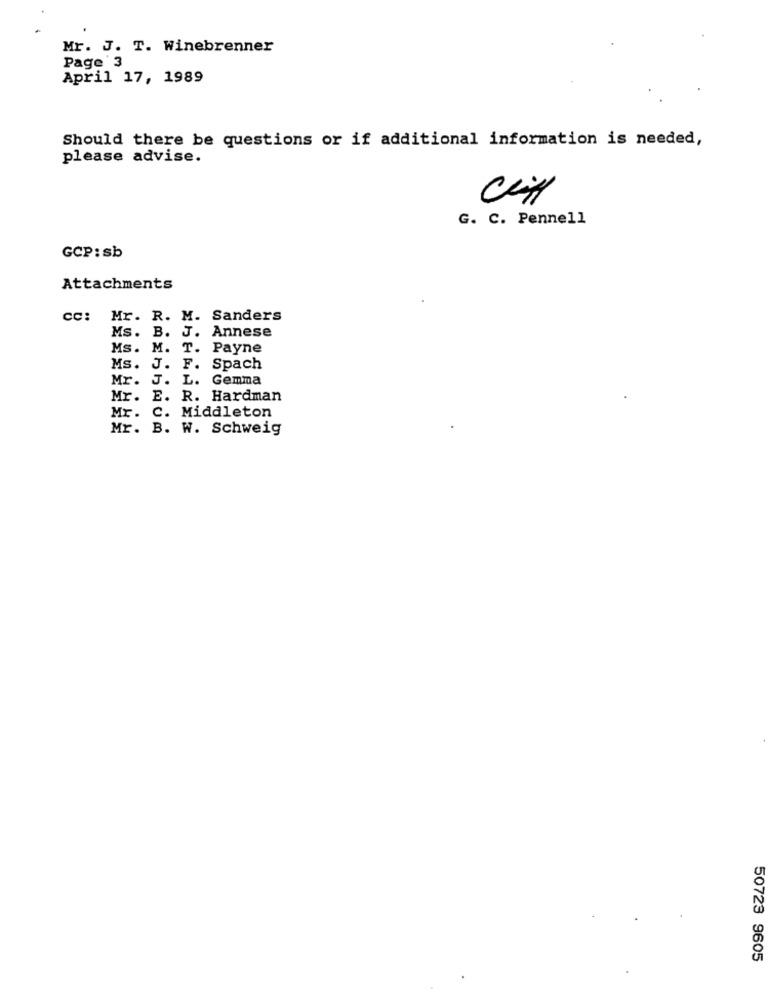
Mr. J. T. Winebrenner
Page 3
April 17, 1989
Should there be questions or if additional information is needed,
please advise.
G. C. Pennell
GCP: sb
Attachments
CC:
Mr. R. M. Sanders
Ms. B. J. Annese
MS. M. T. Payne
Ms. J. F. Spach
Mr. J. L. Gemma
Mr. E. R. Hardman
Mr. C. Middleton
Mr. B. W. Schweig
50723 9605